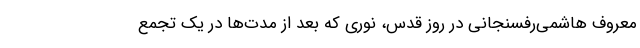
معروف هاشمی‌رفسنجانی در روز قدس، نوری که بعد از مدت‌ها در یک تجمع